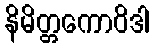
နိမိတ္တကောဝိဒါ